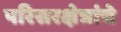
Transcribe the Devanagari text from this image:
परिसरक्षेत्रांचे